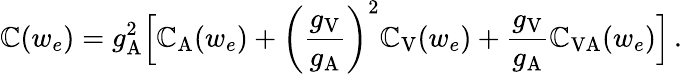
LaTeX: \mathbb{C}(w_{e})=g_{\mathrm{{A}}}^{2}\Big[\mathbb{C}_{\mathrm{{A}}}(w_{e})+\left(\frac{{g_{\mathrm{{V}}}}}{{g_{\mathrm{{A}}}}}\right)^{2}\mathbb{C}_{\mathrm{{V}}}(w_{e})+\frac{{g_{\mathrm{{V}}}}}{{g_{\mathrm{{A}}}}}\mathbb{C}_{\mathrm{{VA}}}(w_{e})\Big]\, .